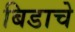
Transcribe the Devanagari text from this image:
बिडाचे